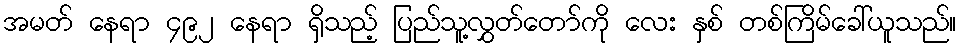
အမတ် နေရာ ၄၉၂ နေရာ ရှိသည့် ပြည်သူ့လွှတ်တော်ကို လေး နှစ် တစ်ကြိမ်ခေါ်ယူသည်။